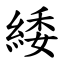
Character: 緌